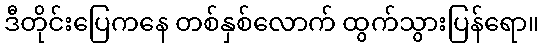
ဒီတိုင်းပြေကနေ တစ်နှစ်လောက် ထွက်သွားပြန်ရော။